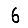
Digit: 6